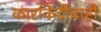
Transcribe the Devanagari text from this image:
कारकिर्दीचाही